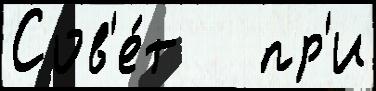
Сов'е́т   пр'и